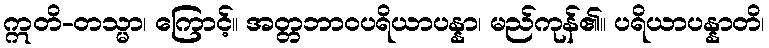
ဣတိ-တသ္မာ၊ ကြောင့်။ အတ္တဘာဝပရိယာပန္နာ၊ မည်ကုန်၏။ ပရိယာပန္နာတိ၊